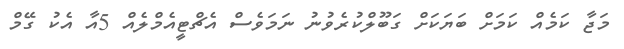
މަޖާ ކަމެއް ކަމަށް ބަޔަކަށް ގަބޫލްކުރެވުނު ނަމަވެސް އެޗްޓީއެމްލެއް 5އާ އެކު ގޭމް